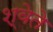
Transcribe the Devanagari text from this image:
श्वेते